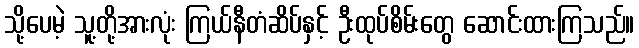
သို့ပေမဲ့ သူ့တို့အားလုံး ကြယ်နီတံဆိပ်နှင့် ဦးထုပ်စိမ်းတွေ ဆောင်းထားကြသည်။